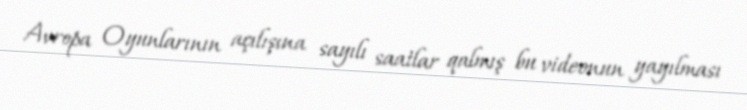
Avropa Oyunlarının açılışına sayılı saatlar qalmış bu videonun yayılması